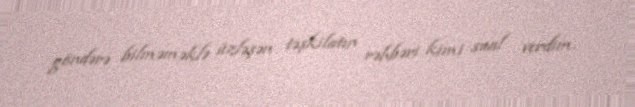
göndərə bilməməklə üzləşən təşkilatın rəhbəri kimi sual verdim.